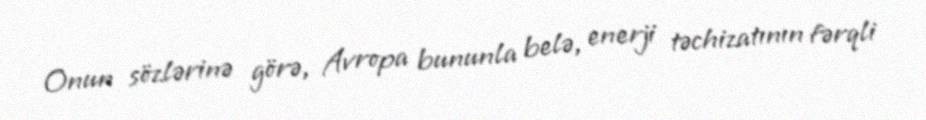
Onun sözlərinə görə, Avropa bununla belə, enerji təchizatının fərqli